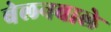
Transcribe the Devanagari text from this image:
बेलनवाले